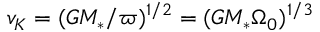
v _ { K } = ( G { M _ { \ast } } / \varpi ) ^ { 1 / 2 } = ( G { M _ { \ast } } \Omega _ { 0 } ) ^ { 1 / 3 }